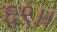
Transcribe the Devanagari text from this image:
६९।।